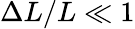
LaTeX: \Delta L/L\ll 1